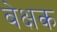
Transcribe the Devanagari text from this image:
बेक्षक